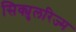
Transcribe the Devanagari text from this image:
सिक्युलरिज्म